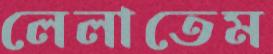
লেলাতেম